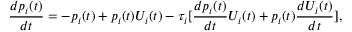
\frac { d p _ { i } ( t ) } { d t } = - p _ { i } ( t ) + p _ { i } ( t ) U _ { i } ( t ) - \tau _ { i } [ \frac { d p _ { i } ( t ) } { d t } U _ { i } ( t ) + p _ { i } ( t ) \frac { d U _ { i } ( t ) } { d t } ] ,